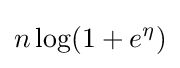
n\log(1+e^{\eta })